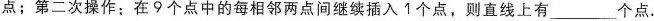
点；第二次操作：在9个点中的每相邻两点间继续插入1个点，则直线上有___个点。